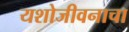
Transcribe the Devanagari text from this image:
यशोजीवनाचा